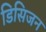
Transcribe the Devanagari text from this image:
डिसिजन